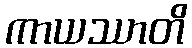
ကာယဿာတိ